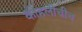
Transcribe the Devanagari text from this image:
कोहलीचीच